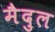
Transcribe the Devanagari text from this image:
मैदुल